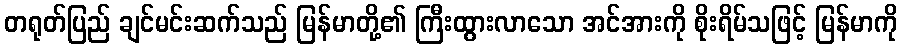
တရုတ်ပြည် ချင်မင်းဆက်သည် မြန်မာတို့၏ ကြီးထွားလာသော အင်အားကို စိုးရိမ်သဖြင့် မြန်မာကို